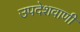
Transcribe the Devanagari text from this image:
उपदेशवाणी